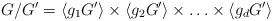
LaTeX: \begin{align*} G/G' = \langle g_1 G' \rangle \times \langle g_2 G' \rangle \times \ldots \times \langle g_d G' \rangle \end{align*}